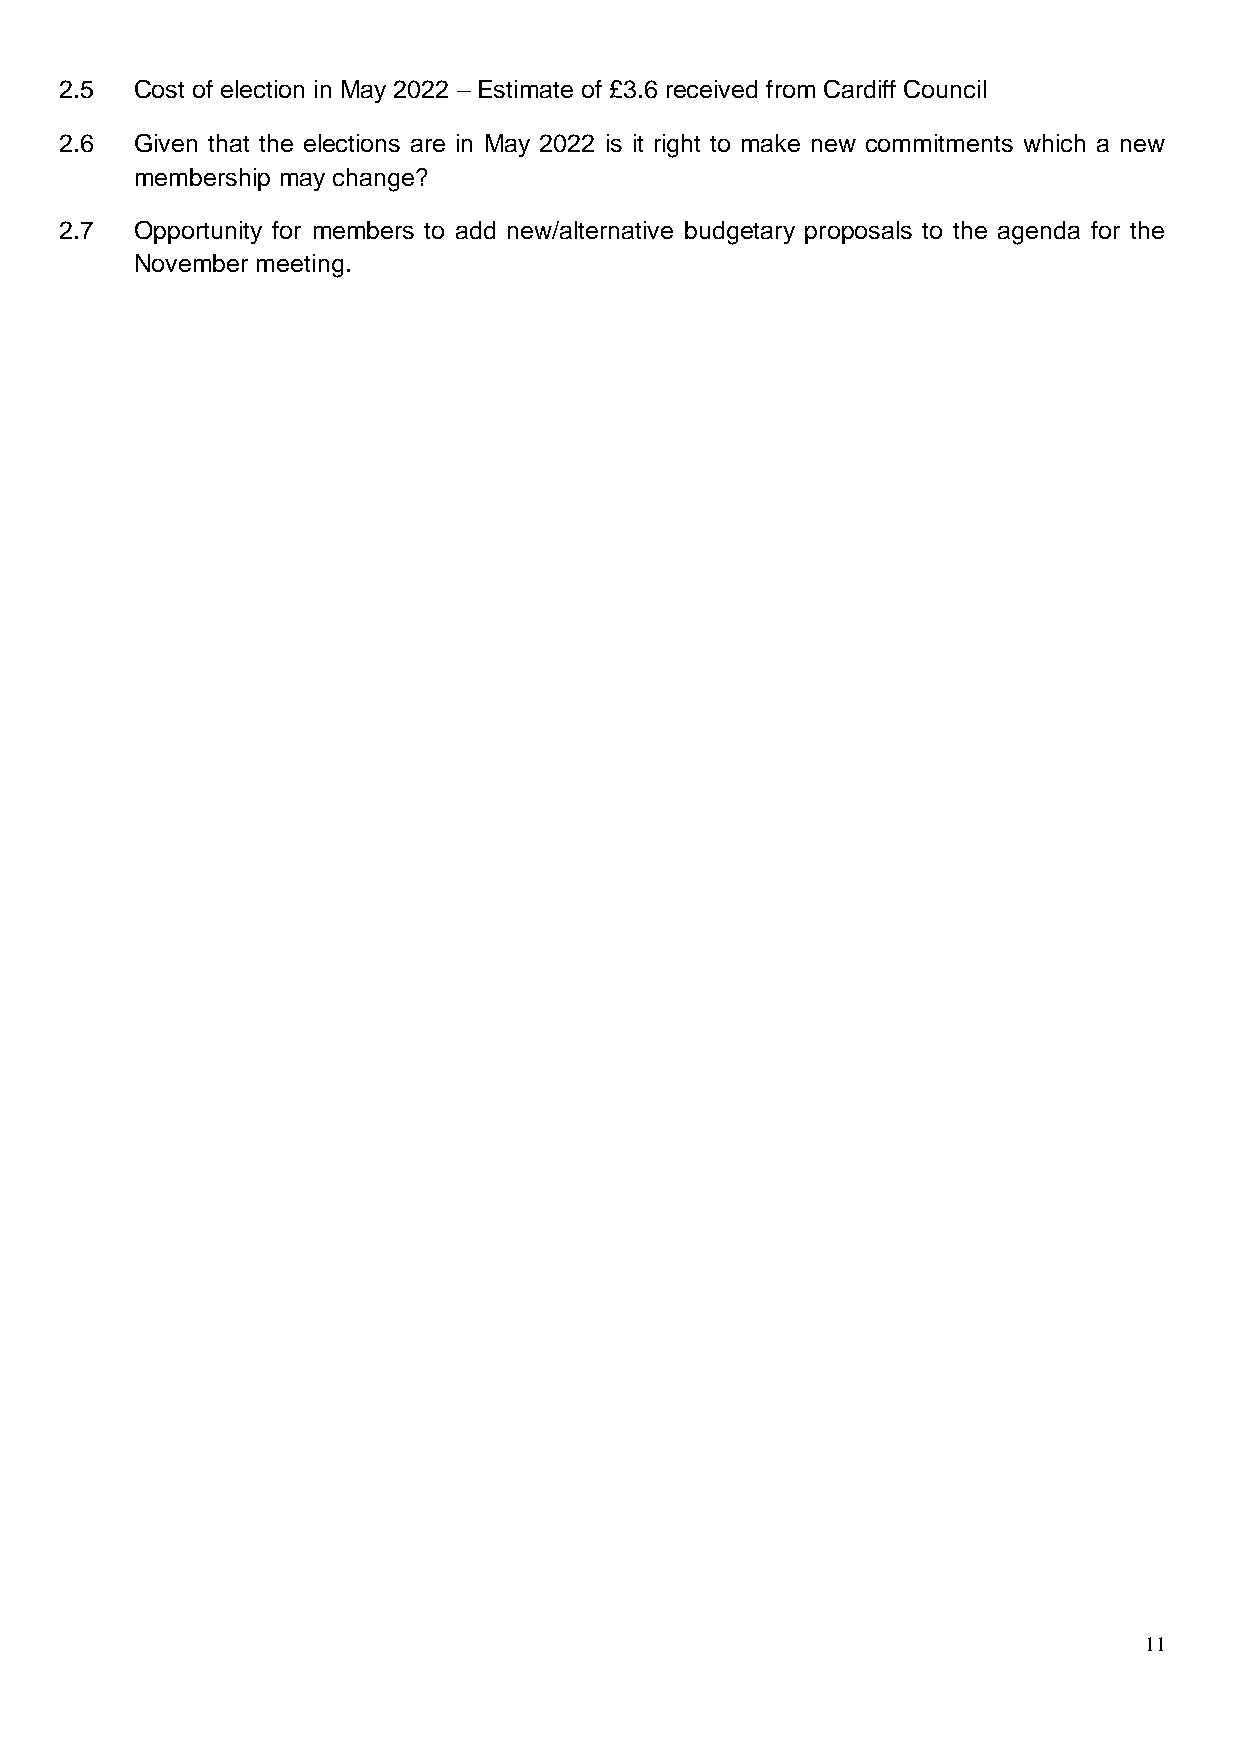
2.5  Cost of election in May 2022 – Estimate of £3.6 received from Cardiff Council
 2.6  Given that the elections are in May 2022 is it right to make new commitments which a new
 membership may change?
 2.7  Opportunity for members to add new/alternative budgetary proposals to the agenda for the
 November meeting.
 11